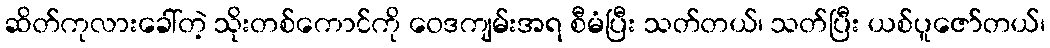
ဆိတ်ကုလားခေါ်တဲ့ သိုးတစ်ကောင်ကို ဝေဒကျမ်းအရ စီမံပြီး သတ်တယ်၊ သတ်ပြီး ယစ်ပူဇော်တယ်၊